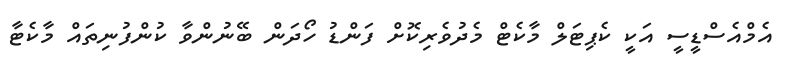
އެމްއެސްޑީސީ އަކީ ކެޕިޓަލް މާކެޓް މެދުވެރިކޮށް ފަންޑު ހޯދަން ބޭނުންވާ ކުންފުނިތައް މާކެޓާ